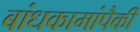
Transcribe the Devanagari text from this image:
बांधकामांपैकी